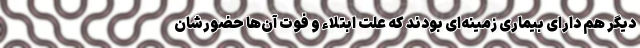
دیگر هم دارای بیماری زمینه‌ای بودند که علت ابتلاء و فوت آن‌ها حضورشان